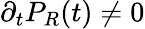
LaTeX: \partial_{t}P_{R}(t)\neq 0